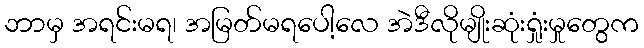
ဘာမှ အရင်းမရ၊ အမြတ်မရပေါ့လေ အဲဒီလိုမျိုးဆုံးရှုံးမှုတွေက